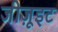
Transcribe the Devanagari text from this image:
जीज़ूइट